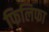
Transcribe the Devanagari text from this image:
फिलिफा